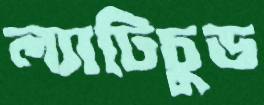
ল্যাটিচুড